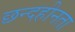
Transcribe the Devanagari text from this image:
छन्दहीनता